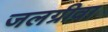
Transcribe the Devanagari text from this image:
जलग्रीवा